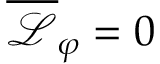
\overline { { \mathcal { L } } } _ { \varphi } = 0